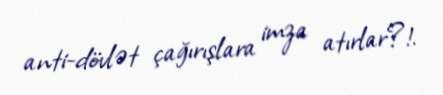
anti-dövlət çağırışlara imza atırlar?!.